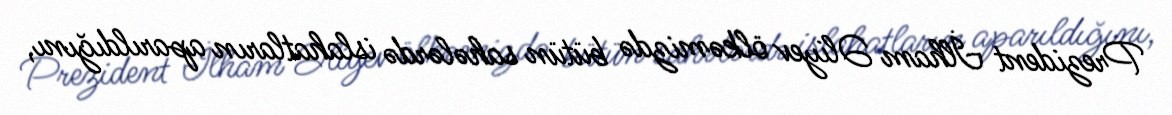
Prezident İlham Əliyev ölkəmizdə bütün sahələrdə islahatların aparıldığını,